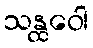
သန္ထဝေါ